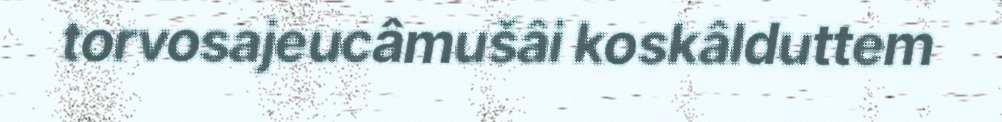
torvosajeucâmušâi koskâlduttem